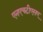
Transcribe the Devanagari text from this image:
एनएचटीएसए